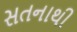
સતનાથી